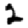
Digit: 2